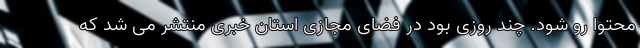
محتوا رو شود. چند روزی بود در فضای مجازی استان خبری منتشر می شد که